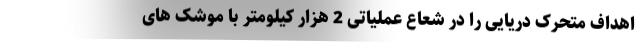
اهداف متحرک دریایی را در شعاع عملیاتی 2 هزار کیلومتر با موشک های